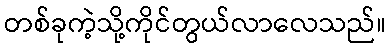
တစ်ခုကဲ့သို့ကိုင်တွယ်လာလေသည်။